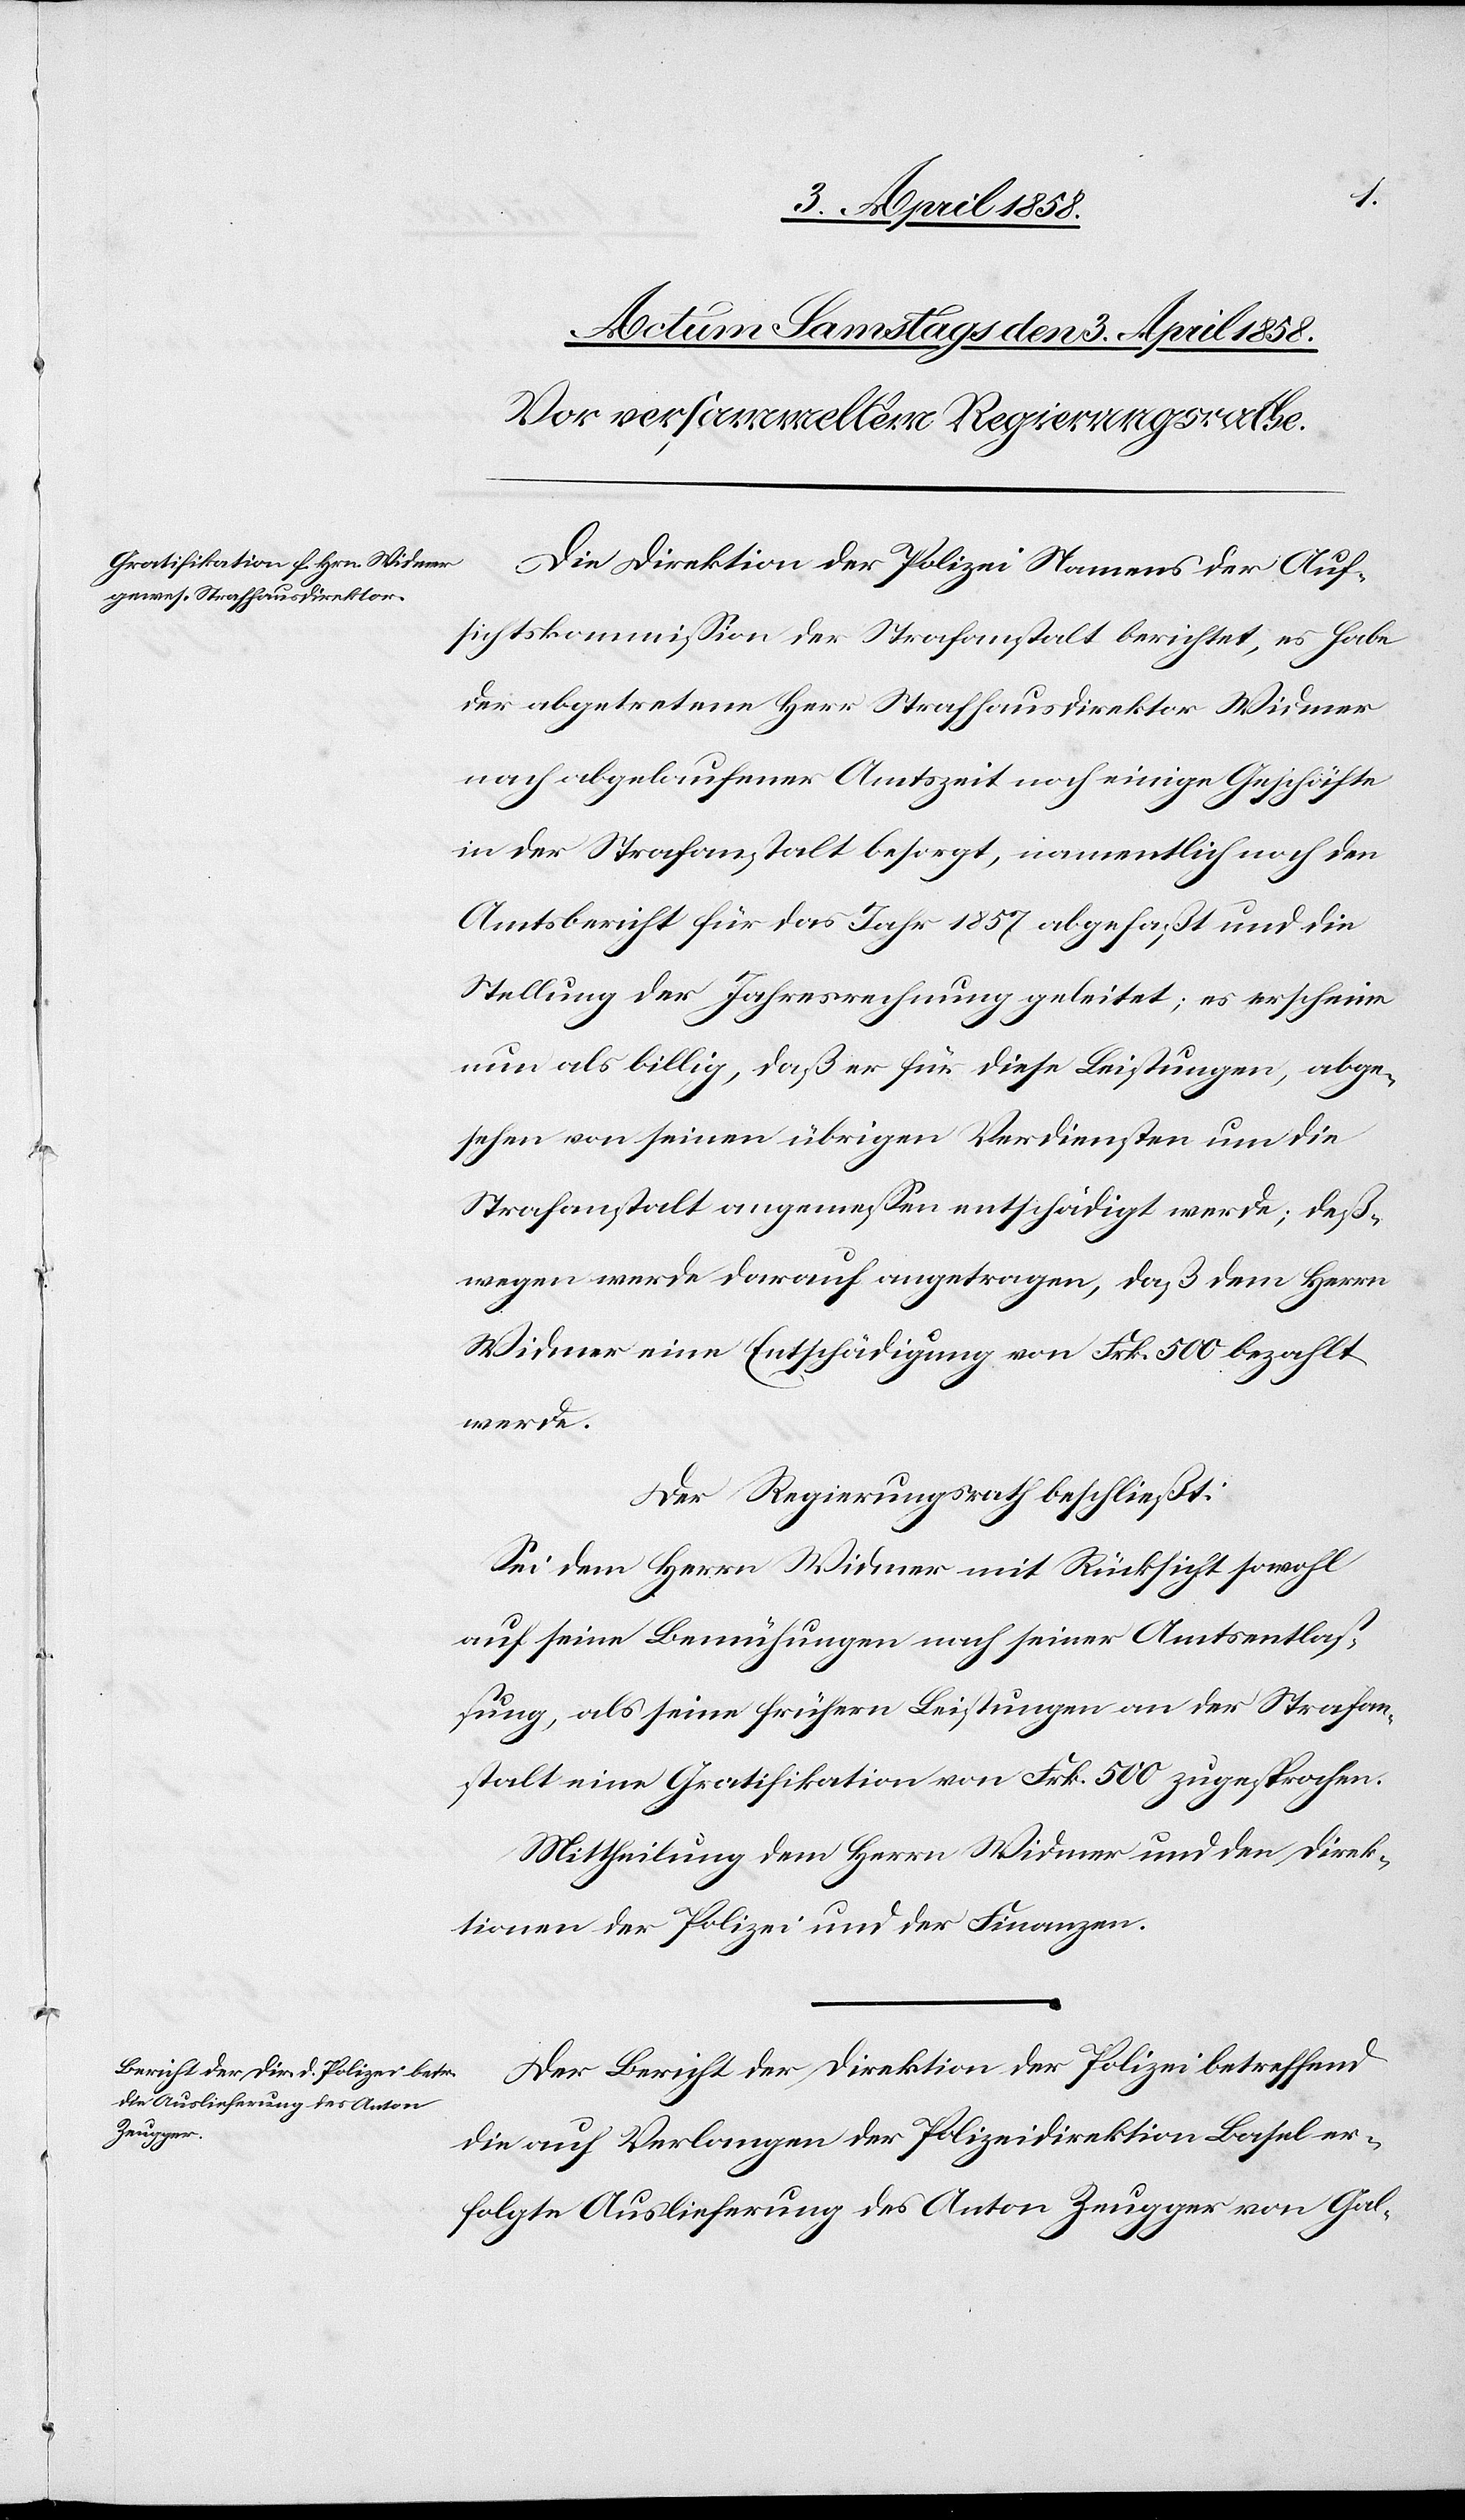
Die Direktion der Polizei Namens der Auf¬
sichtskommission der Strafanstalt berichtet, es habe
der abgetretene Herr Strafhausdirektor Widmer
nach abgelaufener Amtszeit noch einige Geschäfte
in der Strafanstalt besorgt, namentlich noch den
Amtsbericht für das Jahr 1857 abgefaßt und die
Stellung der Jahresrechnung geleitet; es erscheine
nun also billig, daß er für diese Leistungen, abge¬
sehen von seinen übrigen Verdiensten um die
Strafanstalt angemessen entschädigt werde; deß¬
wegen werde darauf angetragen, daß dem Herrn
Widmer eine Entschädigung von Frk. 500 bezahlt
werde.
Der Regierungsrath beschließt:
Sei dem Herrn Widmer mit Rücksicht sowohl
auf seine Bemühungen nach seiner Amtsentlaß¬
ung, als seine frühern Leistungen an der Strafan¬
stalt eine Gratifikation von Frk. 500 zugesprochen.
Mittheilung dem Herrn Widmer und den Direk¬
tionen der Polizei und der Finanzen.
Der Bericht der Direktion der Polizei betreffend
die auf Verlangen der Polizeidirektion Basel er¬
folgte Auslieferung des Anton Zeugger von Gal-